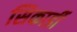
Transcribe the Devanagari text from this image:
सिकार्डी